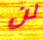
لن